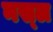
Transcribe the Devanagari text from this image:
नस्‍ल